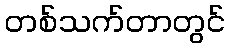
တစ်သက်တာတွင်